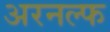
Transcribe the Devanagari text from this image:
अरनल्फ